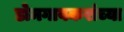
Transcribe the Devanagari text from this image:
डोमगावकरांच्या